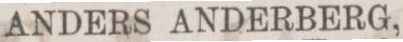
ANDERS ANDERBERG,